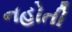
નહોતી